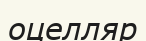
оцелляр